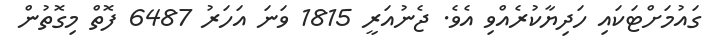
ގައުމަށްޓަކައި ހަދިޔާކުރެއްވި އެވެ. ޖެނުއަރީ 1815 ވަނަ އަހަރު 6487 ފޮތް މިގޮތުން